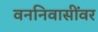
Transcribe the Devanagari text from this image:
वननिवासींवर